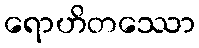
ရောဟိတဿော